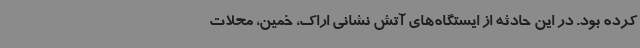
کرده بود. در این حادثه از ایستگاه‌های آتش نشانی اراک، خمین، محلات